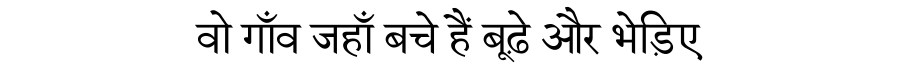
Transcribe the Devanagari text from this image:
वो गाँव जहाँ बचे हैं बूढ़े और भेड़िए